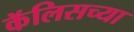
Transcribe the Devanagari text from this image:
कॅलिसच्या